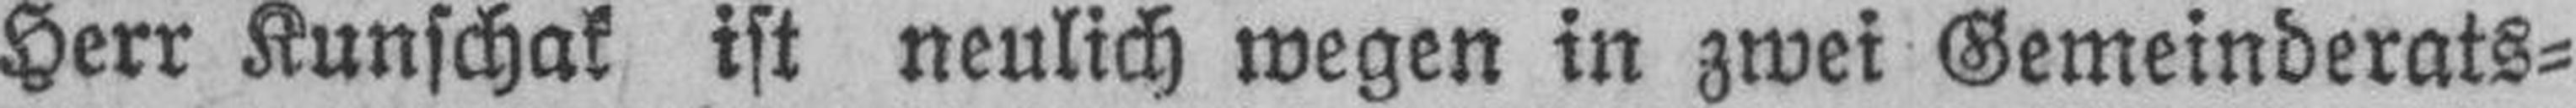
Herr Kunschak ist neulich wegen in zwei Gemeinderats¬